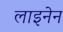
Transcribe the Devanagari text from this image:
लाइनेन